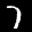
Label: 7